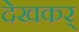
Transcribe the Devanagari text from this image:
देखकर्